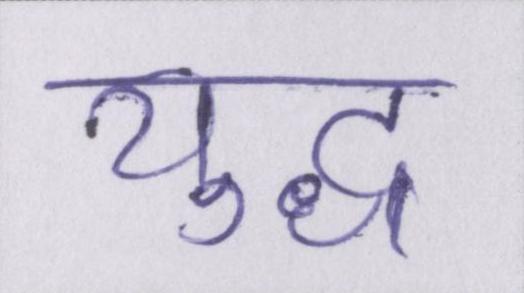
युद्ध